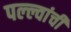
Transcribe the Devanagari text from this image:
पल्ल्वांची